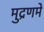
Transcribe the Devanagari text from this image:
मुद्रणमें